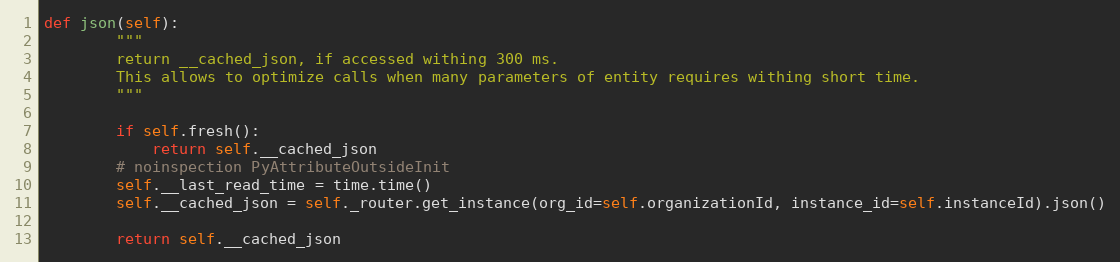
Language: Python
def json(self):
        """
        return __cached_json, if accessed withing 300 ms.
        This allows to optimize calls when many parameters of entity requires withing short time.
        """

        if self.fresh():
            return self.__cached_json
        # noinspection PyAttributeOutsideInit
        self.__last_read_time = time.time()
        self.__cached_json = self._router.get_instance(org_id=self.organizationId, instance_id=self.instanceId).json()

        return self.__cached_json